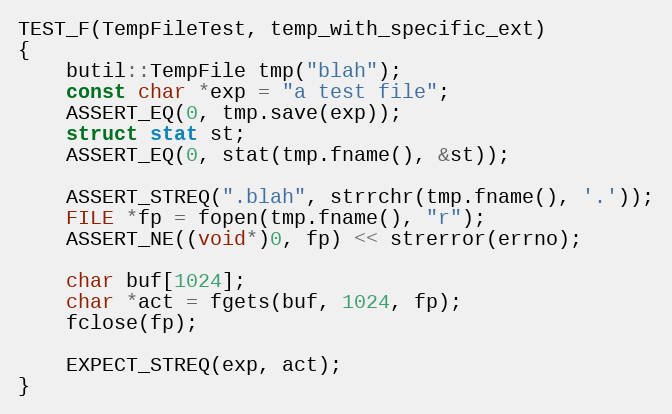
Language: C++
TEST_F(TempFileTest, temp_with_specific_ext)
{
    butil::TempFile tmp("blah");
    const char *exp = "a test file";
    ASSERT_EQ(0, tmp.save(exp));
    struct stat st;
    ASSERT_EQ(0, stat(tmp.fname(), &st));

    ASSERT_STREQ(".blah", strrchr(tmp.fname(), '.'));
    FILE *fp = fopen(tmp.fname(), "r");
    ASSERT_NE((void*)0, fp) << strerror(errno);

    char buf[1024];
    char *act = fgets(buf, 1024, fp);
    fclose(fp);

    EXPECT_STREQ(exp, act);
}